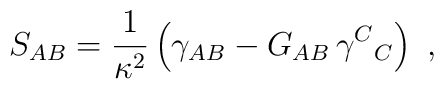
S_{AB}={1\over \kappa^2}\left(\gamma_{AB}-G_{AB}\,\gamma^C{}_C\right)\ ,